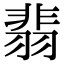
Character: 翡